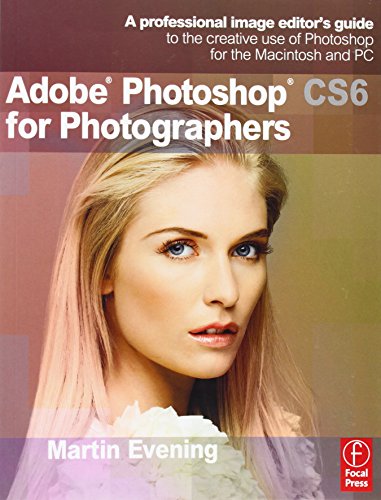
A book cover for Adobe Photoshop CS6 for Photographers: A professional image editor's guide to the creative use of Photoshop for the Macintosh and PC; Martin Evening; Computers & Technology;